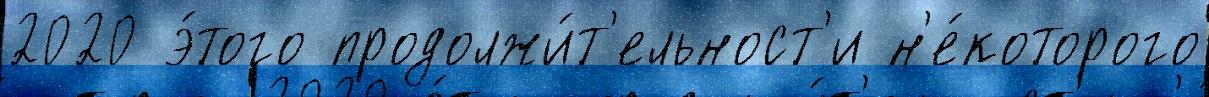
2020 э́того продолжи́т'ельност'и н'е́которого